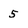
Character: 5